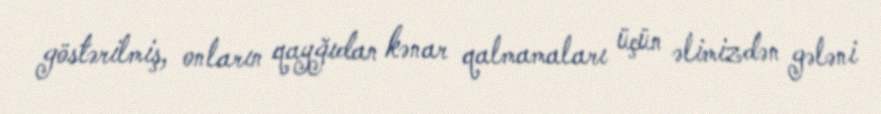
göstərilmiş, onların qayğıdan kənar qalmamaları üçün əlimizdən gələni